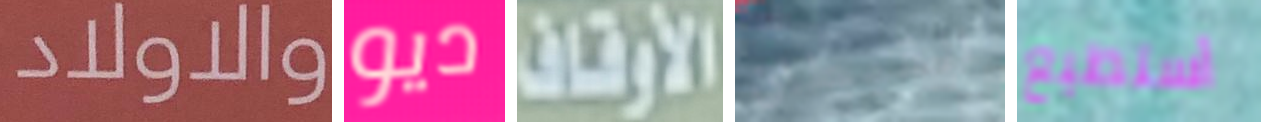
والاولاد ديو الأوقاف القبطان أستطيع